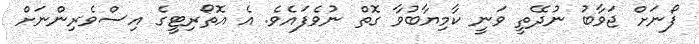
ފޯނަށް ޖަވާބު ނުދޭތީ ވަނީ ކާމިޔާބުވާ ގޮތް ނުވެފައެވެ. އެ އޮތޯރިޓީގެ އިސްވެރިންނަށް